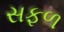
સફળ